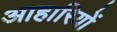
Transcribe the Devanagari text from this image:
आहारियों